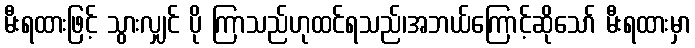
မီးရထားဖြင့် သွားလျှင် ပို ကြာသည်ဟုထင်ရသည်၊အဘယ်ကြောင့်ဆိုသော် မီးရထားမှာ